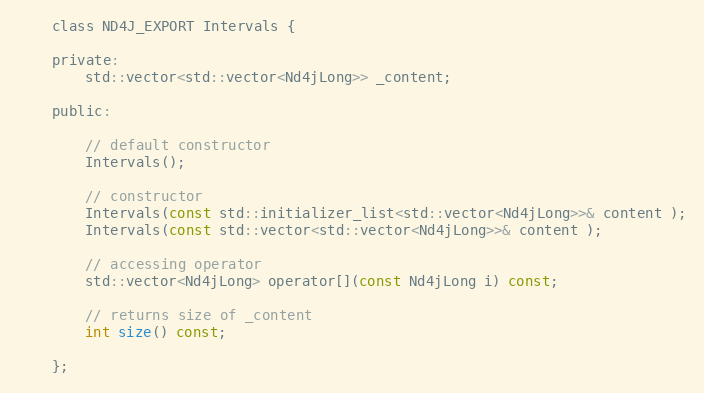
Language: C
    class ND4J_EXPORT Intervals {

    private:
        std::vector<std::vector<Nd4jLong>> _content;

    public:

        // default constructor
        Intervals();

        // constructor
        Intervals(const std::initializer_list<std::vector<Nd4jLong>>& content );
        Intervals(const std::vector<std::vector<Nd4jLong>>& content );

        // accessing operator
        std::vector<Nd4jLong> operator[](const Nd4jLong i) const;

        // returns size of _content
        int size() const;

    };